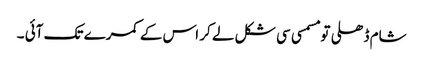
شام ڈھلی تو مسمسی سی شکل لے کر اس کے کمرے تک آئی ۔